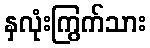
နှလုံးကြွက်သား